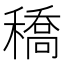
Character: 穚